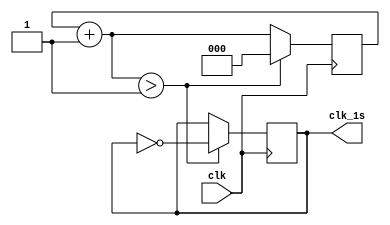
`timescale 1ns/1ps

// L16 pin has a frequency of 125 MHZ
/*
125000000/2 = 62500000
25 states in counter hour
61 states in counter minutes
61 states in counter secounds
two states in alarm
*/

module generate_1s(input clk, output clk_1s);
  reg [2:0]temp = 3'b000;
  reg clk_temp = 1'b0;
  always @ (posedge clk)
    begin
      temp = temp + 3'b001;
      if(temp > 3'b001) // 62500000
        begin
            clk_temp = ~clk_temp;
            temp <= 3'b000;
        end
    end
  assign clk_1s = clk_temp;
endmodule

module clock(input load_time, load_alarm, off_alarm, clk, reset, input [1:0]H1, input [3:0]H0, input [2:0]M1, input [3:0]M0, output clk_1s, output [1:0]h1out, output [3:0]h0out, output [2:0]m1out, output [3:0]m0out, output [2:0]s1out, output [3:0]s0out, output reg alarm, output reg [6:0]displayH1, displayH0, displayM1, displayM0);
  
  reg alarm_off_state = 1'b0;
  reg alarm_on_state = 1'b1;
  
  reg [1:0]alarm_h1; 
  reg [3:0]alarm_h0;
  reg [2:0]alarm_m1;
  reg [3:0]alarm_m0;
  reg [2:0]alarm_s1;
  reg [3:0]alarm_s0;
  reg [5:0]temp_hour, temp_min, temp_sec;
  
  reg [1:0]temp_h1;
  reg [3:0]temp_h0;
  reg [2:0]temp_m1;
  reg [3:0]temp_m0;
  reg [2:0]temp_s1;
  reg [3:0]temp_s0;
	
  generate_1s Clock(clk, clk_1s);
  
  always @(posedge clk_1s or posedge reset)
 	begin
 		if(reset) 
          begin
 			alarm_h1 <= 2'b11;
 			alarm_h0 <= 4'b0000;
 			alarm_m1 <= 3'b000;
 			alarm_m0 <= 4'b0000;
 			alarm_s1 <= 3'b000;
 			alarm_s0 <= 4'b0000;
 			temp_hour <= H1*10 + H0;
 			temp_min <= M1*10 + M0;
 			temp_sec <= 0;
          end 
      else 
        begin
          if(load_alarm) 
              begin
 				alarm_h1 <= H1;
                alarm_h0 <= H0;
                alarm_m1 <= M1;
                alarm_m0 <= M0;
                alarm_s1 <= 3'b000;
                alarm_s0 <= 4'b0000;
              end
          case(load_time)
              1'b1:
              	begin
                  temp_hour <= H1*10 + H0;
                  temp_min <= M1*10 + M0;
                  temp_sec <= 0;
                end
              1'b0:
              	begin
                  if(temp_sec == 59)
                    begin
                      temp_sec <= 0;
                      if(temp_min == 59)
                        begin
                          temp_min <= 0;
                          if(temp_hour == 23)
                            begin
                              temp_hour <= 0;
                            end
                          else
                            temp_hour <= temp_hour + 1;
                        end
                      else
                        temp_min <= temp_min + 1;
                    end
                  else
                    temp_sec <= temp_sec + 1;
                end
          endcase
        end
    end
  
  always @ (*)
    begin
    	if(temp_hour >= 20)
      		begin
              temp_h1 = 2'b10;
     		end
      	else
        	begin
        		if(temp_hour >= 10)
          			begin
            			temp_h1 = 2'b01;
          			end
      			else
          			begin
            			temp_h1 = 2'b00;
          			end
        	end
      temp_h0 = temp_hour - temp_h1*10;
      temp_m1 = (temp_min >= 50) ? 5 : ((temp_min >= 40) ? 4 : ((temp_min >= 30)?3:((temp_min >= 20)?2:((temp_min >= 10)?1:0))));
      temp_m0 = temp_min - temp_m1*10;
      temp_s1 = (temp_sec >= 50) ? 5 : ((temp_sec >= 40) ? 4 : ((temp_sec >= 30)?3:((temp_sec >= 20)?2:((temp_sec >= 10)?1:0))));          
      temp_s0 = temp_sec - temp_s1*10;
    end
  
  assign h0out = temp_h0;
  assign h1out = temp_h1;
  assign m1out = temp_m1;
  assign m0out = temp_m0;
  assign s1out = temp_s1;
  assign s0out = temp_s0;
  
  always @(posedge clk_1s or posedge reset)
    begin
    	if(reset)
     		 begin
        		alarm <= alarm_off_state;
      		end
  		else	
    		begin
      			if((alarm_h1 == temp_h1) & (alarm_h0 == temp_h0)&(alarm_m1 == temp_m1)&(alarm_m0 == temp_m0) &(alarm_s1  == temp_s1) & (alarm_s0 == temp_s0))
        			begin
          				alarm <= alarm_on_state;
                   end              
              if(off_alarm)
        			begin
          				alarm <= alarm_off_state;
        			end
    		end
    end

    always @ (*)
    	begin
          case(h1out)
        		2'b00: displayH1 = 7'b1111110;
        		2'b01: displayH1 = 7'b0110000;
        		2'b10: displayH1 = 7'b1101101;
        		default: displayH1 = 7'b0000000;
          endcase
        end
  
    always @ (*)
    	begin
          case(h0out)
        		4'b0000: displayH0 = 7'b1111110;
        		4'b0001: displayH0 = 7'b0110000;
        		4'b0010: displayH0 = 7'b1101101;
        		4'b0011: displayH0 = 7'b1111001;
        		4'b0100: displayH0 = 7'b0110011;
        		4'b0101: displayH0 = 7'b1011011;
        		4'b0110: displayH0 = 7'b1011111;
        		4'b0111: displayH0 = 7'b1110000;
            	4'b1000: displayH0 = 7'b1111111;
            	4'b1001: displayH0 = 7'b1111011;
            	default: displayH0 = 7'b0000000;
          endcase
        end
  
      always @ (*)
    	begin
          case(m1out)
        		3'b000: displayM1 = 7'b1111110;
        		3'b001: displayM1 = 7'b0110000;
        		3'b010: displayM1 = 7'b1101101;
        		3'b011: displayM1 = 7'b1111001;
        		3'b100: displayM1 = 7'b0110011;
        		3'b101: displayM1 = 7'b1011011;
        		default: displayM1 = 7'b0000000;
          endcase
        end
  
        always @ (*)
    	begin
          case(m0out)
        		4'b0000: displayM0 = 7'b1111110;
        		4'b0001: displayM0 = 7'b0110000;
        		4'b0010: displayM0 = 7'b1101101;
        		4'b0011: displayM0 = 7'b1111001;
        		4'b0100: displayM0 = 7'b0110011;
        		4'b0101: displayM0 = 7'b1011011;
        		4'b0110: displayM0 = 7'b1011111;
        		4'b0111: displayM0 = 7'b1110000;
            	4'b1000: displayM0 = 7'b1111111;
            	4'b1001: displayM0 = 7'b1111011;
            	default: displayM0 = 7'b0000000;
          endcase
        end
endmodule